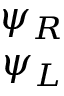
\begin{array} { c } { { \psi _ { R } } } \\ { { \psi _ { L } } } \end{array}